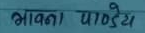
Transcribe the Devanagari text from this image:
भावना पाण्डेय